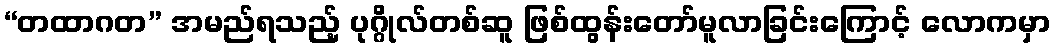
“တထာဂတ” အမည်ရသည့် ပုဂ္ဂိုလ်တစ်ဆူ ဖြစ်ထွန်းတော်မူလာခြင်းကြောင့် လောကမှာ